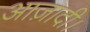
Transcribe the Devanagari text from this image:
आज़ादी।